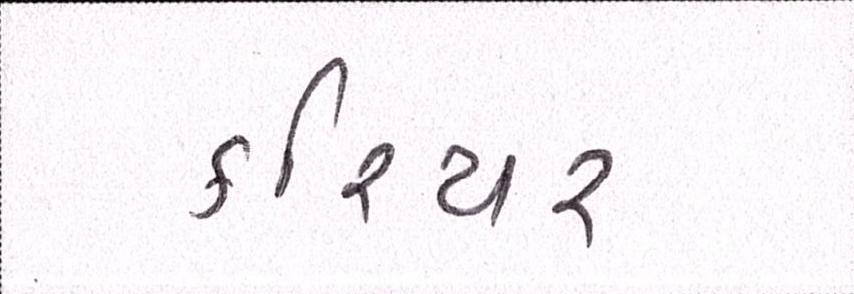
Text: કરિયર